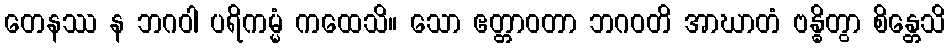
တေနဿ န ဘဂဝါ ပရိကမ္မံ ကထေသိ။ သော ဧတ္တာဝတာ ဘဂဝတိ အာဃာတံ ဗန္ဓိတွာ စိန္တေသိ